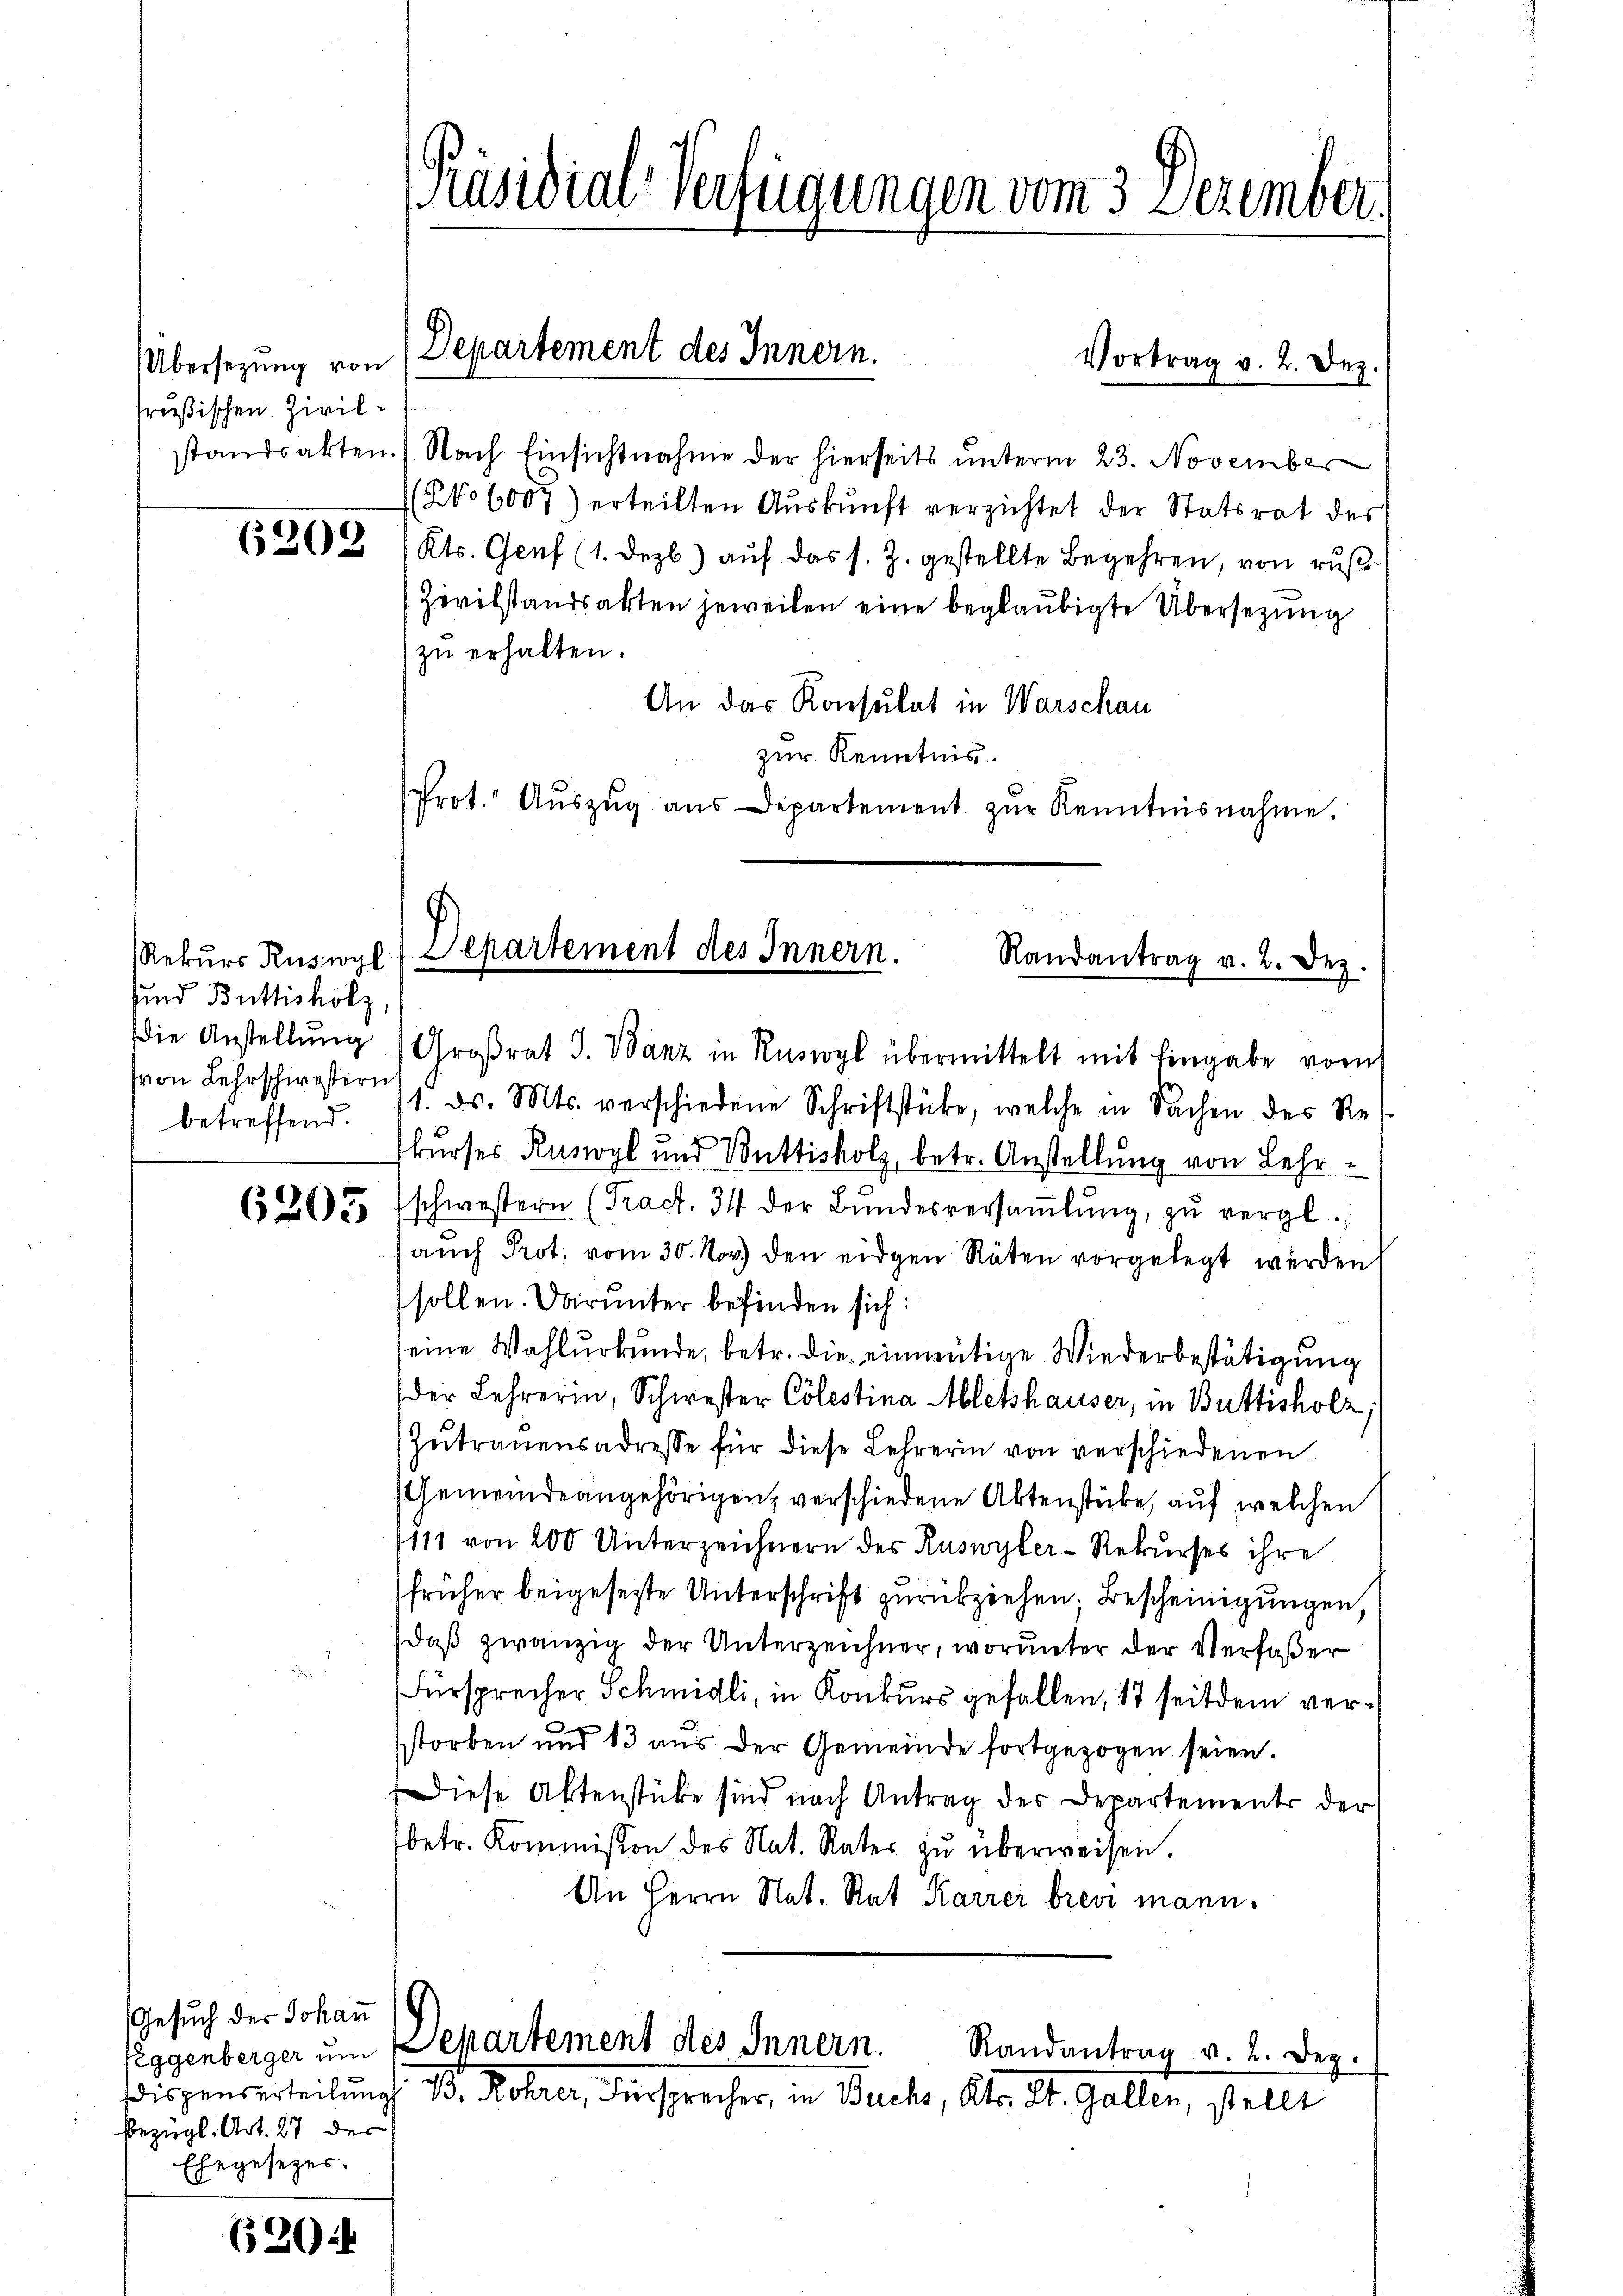
Übersezung von
rußischen Zivil¬

6203

und Buttisholz,
von Lehrschwestern
betreffend.

6203 fr

Gesuch der Johann
dispenserteilung
bezügl. Art. 27 der
Ehegesezer.

620.

Präsidial-Verfügungen vom 3 Dezember,

standsakten.) Nach Einsichtnahme der hierseits ŭnterm 23. November
(No 6007) erteilten Auskunft verzichtet der Statsrat des
Kts. Genf (1. Dezb.) auf das s. Z. gestellte Begehren, von rus¬
Zivilstandsakten jeweilen eine beglaubigte Übersezung
zu erhalten.
An das Konsulat in Warschau
zur Kenntnis.
Prot. Aŭszŭg aŭs Departement zŭr Kenntnisnahme.

Departement des Innern.

die Anstellŭng  Großrat J. Banz in Ruswyl übermittelt mit Eingabe vom
11. ds. Mts. verschiedene Schriftstücke, welche in Sachen des Re
kurses Ruswyl und Vnttisholz, betr. Anstellung von Lehrschwestern (Tract. 34 der Bundesversaṁlŭng, zu vergl.
auch Prot. vom 30. Nov. den eidgen Räten vorgelegt werden,
sollen. Darunter befinden sich:
eine Wahlurkunde, betr. die einmütige Wiederbestätigung
der Lehrerin, Schwester Colestina Abletshauser, in Buttisholz,
Zŭtraŭensadresse für diese Lehrerin von verschiedenen
Gemeindeangehörigen, verschiedene Aktenstube, auf welchen
111 von 200 Unterzeichnern des Ruswyler-Rekurses ihre
früher beigesetzte Unterschrift zurückziehen. Bescheinigungen,
daß zwanzig der Unterzeichner, worunter der Verfaßer
Fürsprecher Schmidli, in Konkurs gefallen, 17 seitdem verstorben und 13 aus der Gemeinde fortgezogen seien.
Diese Aktenstube sind nach Antrag des Departements der
betr. Kommission des Nat. Rater zŭ überweisen.
An Herrn Nat. Rat Karrer brevi mann.

Mebues Kanzl. Departement des Innern. Randantrag v. 2. Dez.

Vortrag v. 2. Dez.

Reggenberger um Departement des Innern.
Randantrag v. 2. Dez.
B. Rohrer, dersprecher, in Buchs, Kts. St. Gallen, stellt